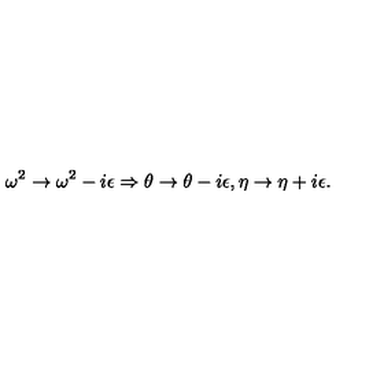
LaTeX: \omega ^ { 2 } \rightarrow \omega ^ { 2 } - i \epsilon \Rightarrow \theta \rightarrow \theta - i \epsilon , \eta \rightarrow \eta + i \epsilon .